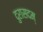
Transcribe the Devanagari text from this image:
दुरासदम्